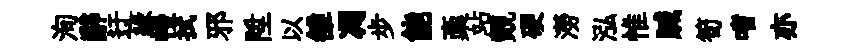
洵辭迂緣幔拭邪陞以雒凋步能稾站覿硬澇泓惟贓筍嗜亦